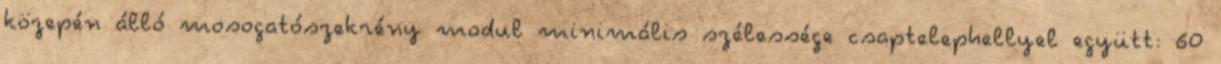
közepén álló mosogatószekrény modul minimális szélessége csaptelephellyel együtt: 60